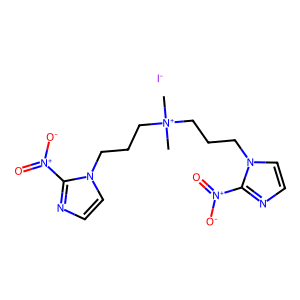
SMILES: C[N+](C)(CCCn1ccnc1[N+](=O)[O-])CCCn1ccnc1[N+](=O)[O-].[I-]
Inhibits HIV replication: No